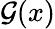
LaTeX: \mathcal{G}(x)